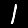
Label: 1